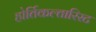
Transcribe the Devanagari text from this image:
होर्तिकल्तारिस्ट